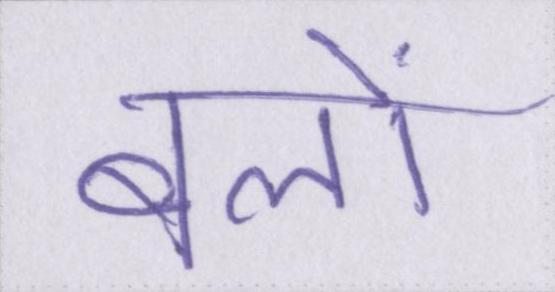
बलों